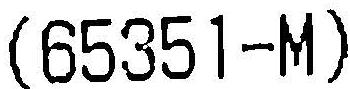
(65351-M)